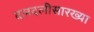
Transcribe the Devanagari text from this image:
दलदलीसारख्या